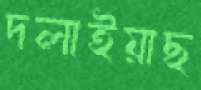
দলাইয়াছ